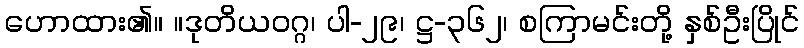
ဟောထား၏။ ။ဒုတိယဝဂ္ဂ၊ ပါ-၂၉၊ ဋ္ဌ-၃၆၂၊ စကြာမင်းတို့ နှစ်ဦးပြိုင်